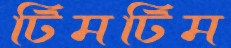
টিমটিম